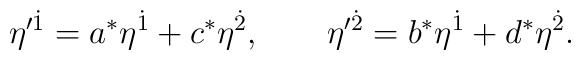
\eta'^{\dot 1}=a^{\ast} \eta^{\dot 1}+c^{\ast} \eta^{\dot 2},\qquad  \eta'^{\dot 2}=b^{\ast} \eta^{\dot 1}+d^{\ast} \eta^{\dot 2}.